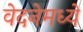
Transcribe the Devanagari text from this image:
वेदनेमध्ये